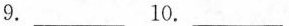
9. ___ 10. ___